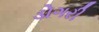
ડોગરી